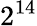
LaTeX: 2^{14}